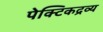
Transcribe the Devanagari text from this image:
पेक्टिकद्रव्य